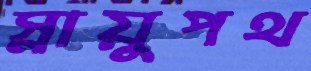
স্নায়ুপথ